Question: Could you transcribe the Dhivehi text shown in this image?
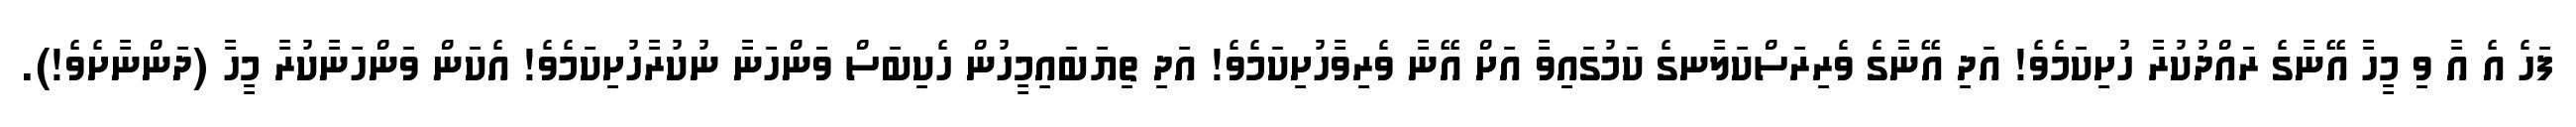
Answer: ފަހެ އެ އާ ވި މީހާ އޭނާގެ ރައްދުކުރާ ހުށިކަމެވެ! އަދި އޭނާގެ ވެރިރަސްކަލާނގެ ކަމުގައިވާ އަށް އޭނާ ވެރިވާހުށިކަމެވެ! އަދި ތިޔަބައިމީހުން ހެކިބަސް ވަންހަނާ ނުކުރާހުށިކަމެވެ! އެކަން ވަންހަނާކުރާ މީހާ (ދަންނާށެވެ!).